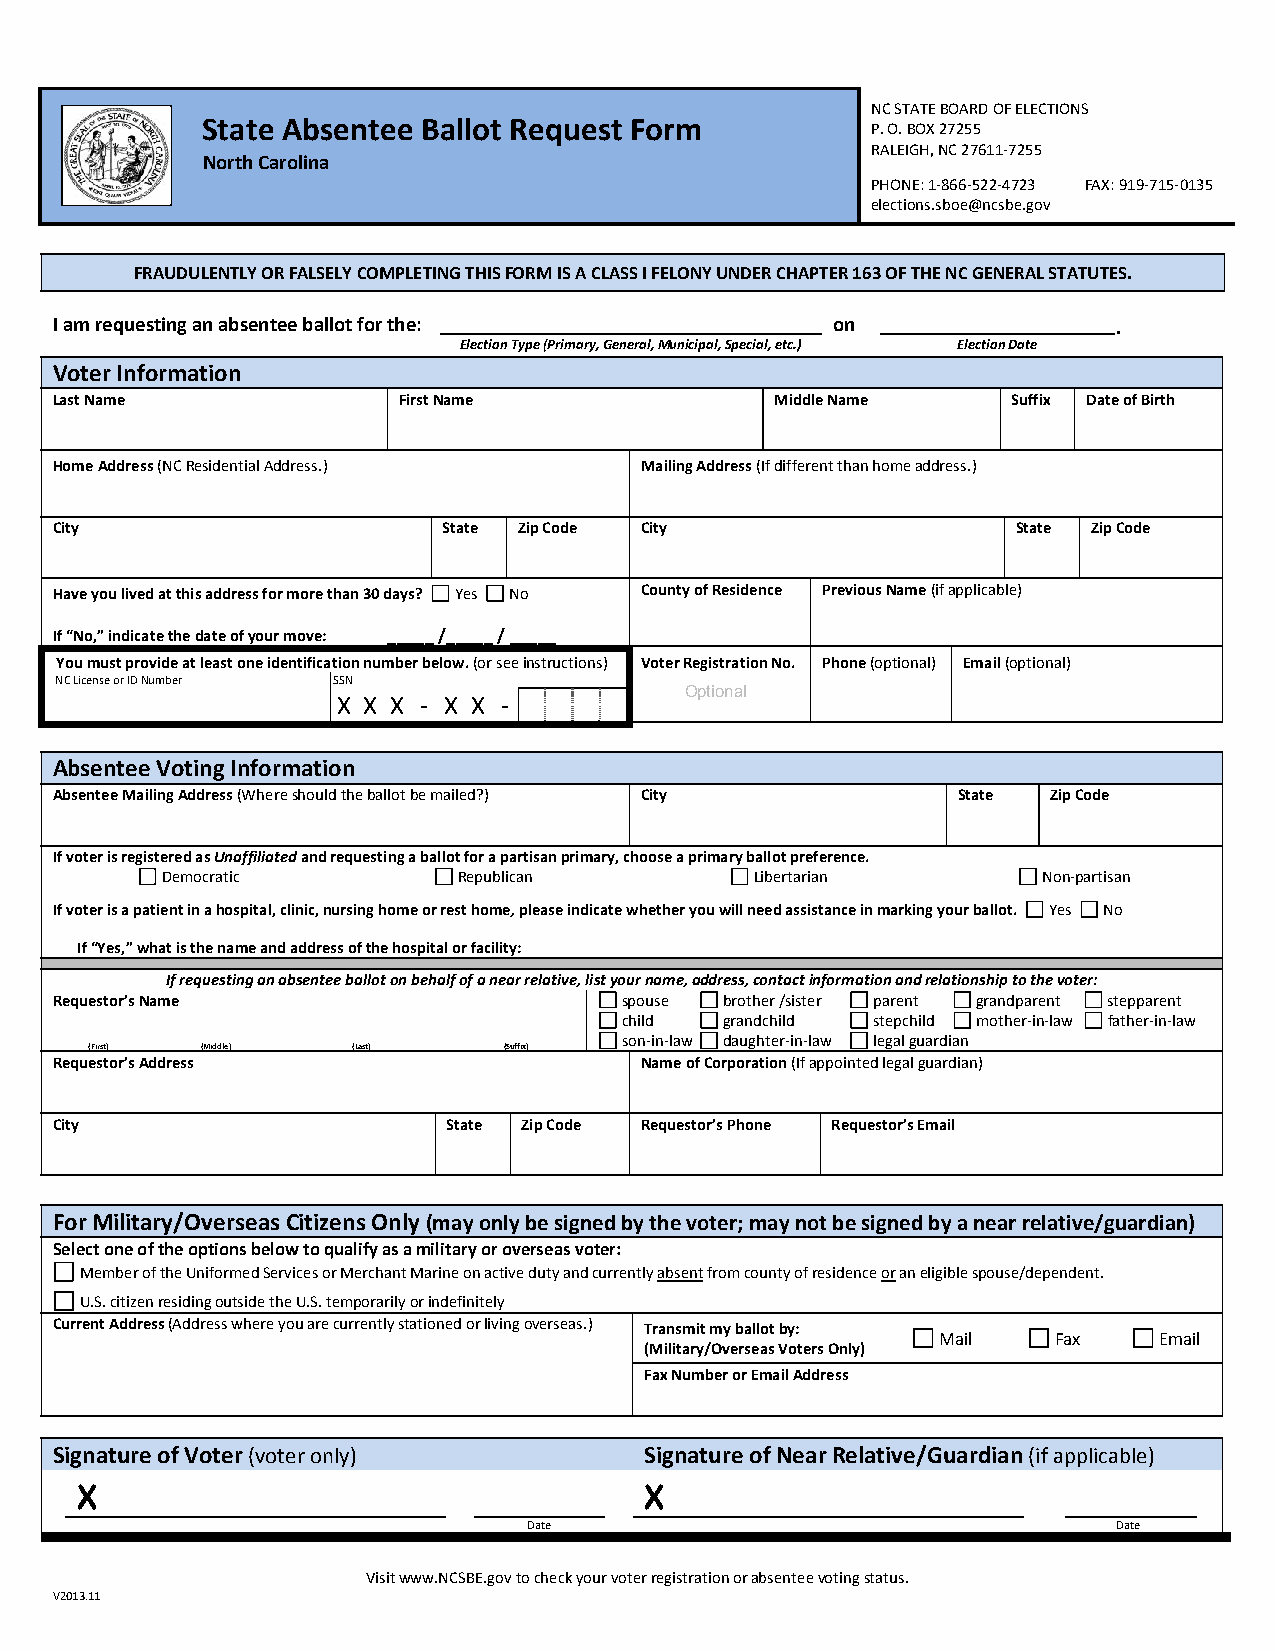
NC STATE BOARD OF ELECTIONS
 State Absentee Ballot Request Form
 P. O. BOX 27255
 RALEIGH, NC 27611‐7255
 North Carolina
 PHONE: 1‐866‐522‐4723 FAX: 919‐715‐0135
 elections.sboe@ncsbe.gov
 FRAUDULENTLY OR FALSELY COMPLETING THIS FORM IS A CLASS I FELONY UNDER CHAPTER 163 OF THE NC GENERAL STATUTES.
 I am requesting an absentee ballot for the:         on                 .
 Election Type (Primary, General, Municipal, Special, etc.) Election Date
 Voter Information
 Last Name              First Name               Middle Name     Suffix Date of Birth
 Home Address (NC Residential Address.) Mailing Address (If different than home address.)
 City                      State Zip Code City                   State Zip Code
 Have you lived at this address for more than 30 days? Yes No County of Residence Previous Name (if applicable)
 If “No,” indicate the date of your move: _____ /_____ / _____
 You must provide at least one identification number below. (or see instructions) Voter Registration No. Phone (optional) Email (optional)
 NC License or ID Number SSN
 Optional
 X X X ‐ X X ‐
 Absentee Voting Information
 Absentee Mailing Address (Where should the ballot be mailed?) City State Zip Code
 If voter is registered as Unaffiliated and requesting a ballot for a partisan primary, choose a primary ballot preference.
 Democratic         Republican          Libertarian        Non‐partisan
 If voter is a patient in a hospital, clinic, nursing home or rest home, please indicate whether you will need assistance in marking your ballot. Yes No
 If “Yes,” what is the name and address of the hospital or facility:
 If requesting an absentee ballot on behalf of a near relative, list your name, address, contact information and relationship to the voter:
 Requestor’s Name                      spouse brother /sister parent grandparent stepparent
 child  grandchild stepchild mother‐in‐law father‐in‐law
 son‐in‐law daughter‐in‐law legal guardian
 (First) (Middle) (Last)    (Suffix)
 Requestor’s Address                    Name of Corporation (If appointed legal guardian)
 City                       State Zip Code Requestor’s Phone Requestor’s Email
 For Military/Overseas Citizens Only (may only be signed by the voter; may not be signed by a near relative/guardian)
 Select one of the options below to qualify as a military or overseas voter:
 Member of the Uniformed Services or Merchant Marine on active duty and currently absent from county of residence or an eligible spouse/dependent.
 U.S. citizen residing outside the U.S. temporarily or indefinitely
 Current Address (Address where you are currently stationed or living overseas.) Transmit my ballot by:
 Mail    Fax    Email
 (Military/Overseas Voters Only)
 Fax Number or Email Address
 Signature of Voter (voter only)         Signature of Near Relative/Guardian (if applicable)
 X                                     X
 Date                                   Date
 Visit www.NCSBE.gov to check your voter registration or absentee voting status.
 V2013.11